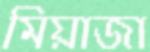
মিয়াজা